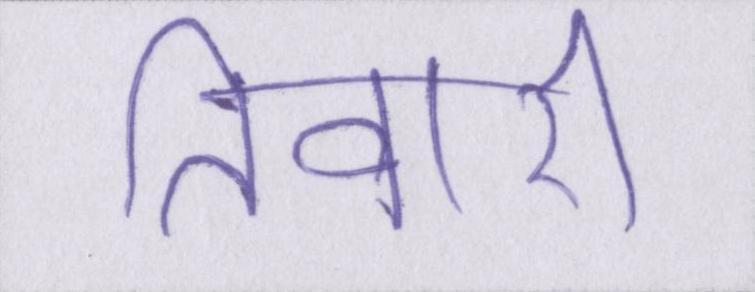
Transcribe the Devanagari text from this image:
तिवारी